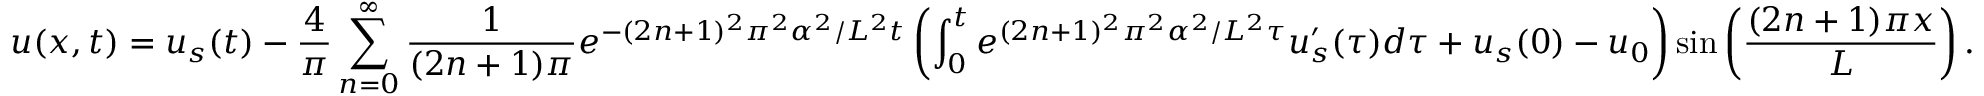
u ( x , t ) = u _ { s } ( t ) - \frac { 4 } { \pi } \sum _ { n = 0 } ^ { \infty } \frac { 1 } { ( 2 n + 1 ) \pi } e ^ { - ( 2 n + 1 ) ^ { 2 } \pi ^ { 2 } \alpha ^ { 2 } / L ^ { 2 } t } \left( \int _ { 0 } ^ { t } e ^ { ( 2 n + 1 ) ^ { 2 } \pi ^ { 2 } \alpha ^ { 2 } / L ^ { 2 } \tau } u _ { s } ^ { \prime } ( \tau ) d \tau + u _ { s } ( 0 ) - u _ { 0 } \right) \sin \left( \frac { ( 2 n + 1 ) \pi x } { L } \right) .